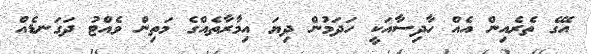
އޭގެ ތެރެއިން އެއް ހާާދިސާއަކީ ހަދަމުން ދިޔަ އިމާރާތެއްގެ މަތިން ވެއްޓު ދަގަނޑެއް